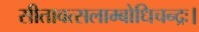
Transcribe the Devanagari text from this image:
सीतावत्सलाम्बोधिचन्द्रः।